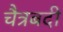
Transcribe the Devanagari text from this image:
चैत्रबदी